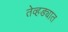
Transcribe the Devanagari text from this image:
तेव्हड्यात